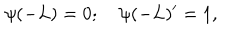
LaTeX: \psi ( - L ) = 0 ; \quad \psi ( - L ) ^ { \prime } = 1 ,